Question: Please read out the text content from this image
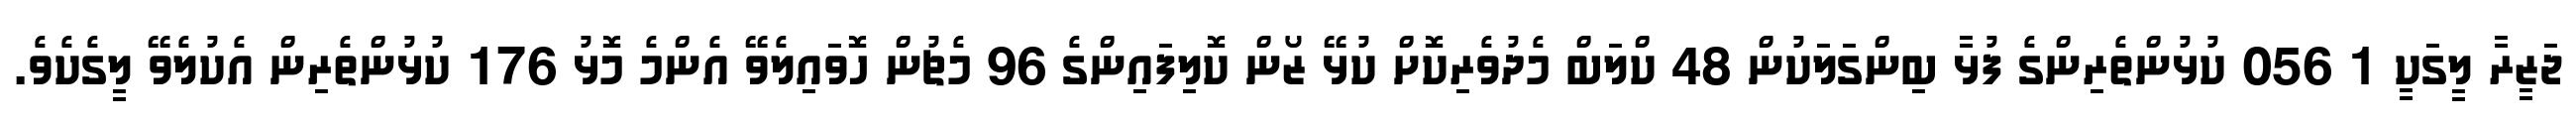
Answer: ޖަޒީރާ ލީގަކީ 1 056 ކުޅުންތެރިންގެ ފުޅާ ބިންގަލަކުން 48 ކްލަބް މެދުވެރިކޮށް ކުޅޭ ޒޯން ކޮލިފައިންގެ 96 މެޗުން ހޮވައިލެވޭ އެންމެ މޮޅު 176 ކުޅުންތެރިން އެކުލެވޭ ލީގެކެވެ.